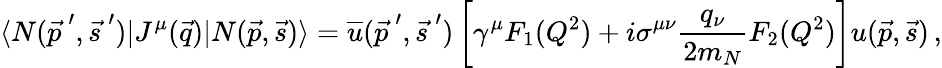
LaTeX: \langle N(\vec{p\: }^{\prime},\vec{s\: }^{\prime})|J^{\mu}(\vec{q})|N(\vec{p},\vec{s})\rangle=\overline{{{u}}}(\vec{p\: }^{\prime},\vec{s\: }^{\prime})\left[\gamma^{\mu}F_{1}(Q^{2})+i\sigma^{\mu\nu}{\frac{q_{\nu}}{2m_{N}}}F_{2}(Q^{2})\right]u(\vec{p},\vec{s})\, ,